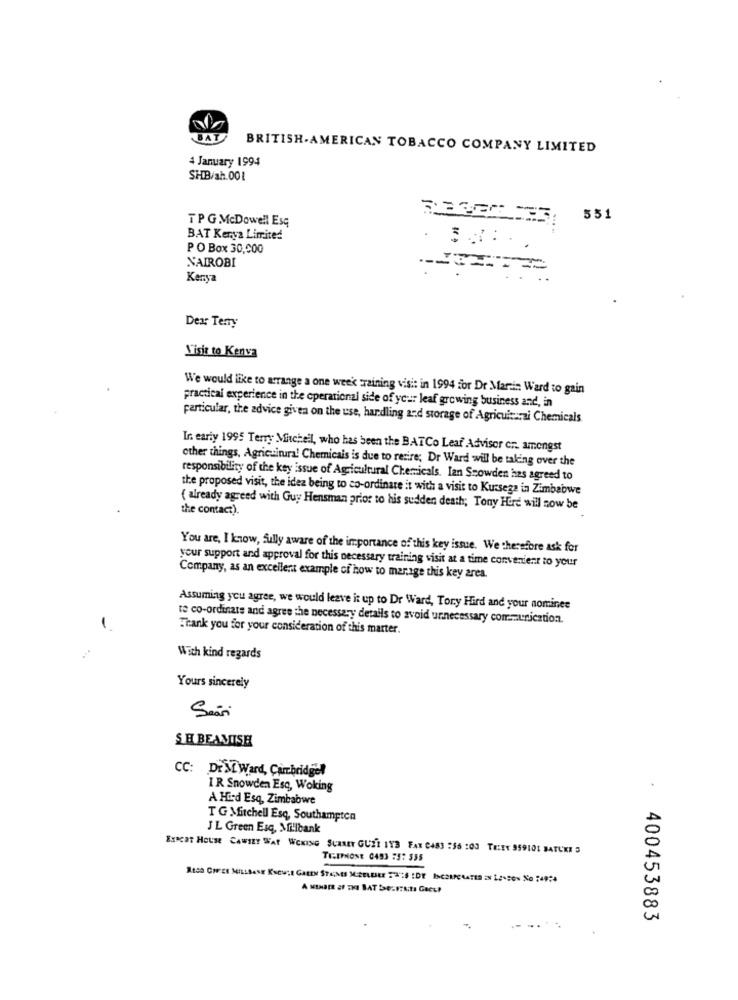
BAT
BRITISH AMERICAN TOBACCO COMPANY LIMITED
4 January 1994
SHB/ah.001
TPG McDowell Esq
7.0000, 331
BAT Kerya Limited
PO Box 30,000
NAIROBI
Kenya
Dex: Terry
Visit to Kenva
We would like to arrange a one week raining visit in 1994 for Dr Marcin Ward to gain
practical experience in the operational side of yo :::: leaf growing business and, in
particular, the advice given on the use, handling and storage of Agricultural Chemicals
Ir. early 1995 Terry Mitchell, who has been the BATCo Leaf Advisor cr. amongst
other things, Agricultura! Chemicals is due to retire; Dr Ward will be taking over the
responsibility of the key issue of Agricultural Chemicals. Ian Snowden has agreed to
the proposed visit, the idez being to co-ordinate it with a visit to Kussega in Zimbabwe
{ already agreed with Guy Hensman prior to his sudden death; Tony Hird will now be
the contact).
You are, I know, fully aware of the importance of this key issue. We therefore ask for
your support and approval for this necessary training visit at a time convenient to your
Company, as an excellent example of how to mar.ige this key area.
Assuming you agree, we would leave it up to Dr Ward, Tory Hird and your nominee
to co-ordinate and agree the necessary details to avoid unnecessary communication.
Thank you for your consideration of this marter.
With kind regards
Yours sincerely
SHBEAMISH
CC: Dr M. Ward, Cambridgel
IR Snowden Esq, Woking
A Hard Esq, Zimbabwe
TG Mitchell Esq, Southampton
J L Green Esq, Millbank
ExKIT HOUSE CAWILT WAT WOKING SURREY GUEI IYS FAX 0483 :56 :03 THEY 959101 BATUKI 3
TE-IPHONE 0493 75: 335
400453883